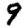
Digit: 9